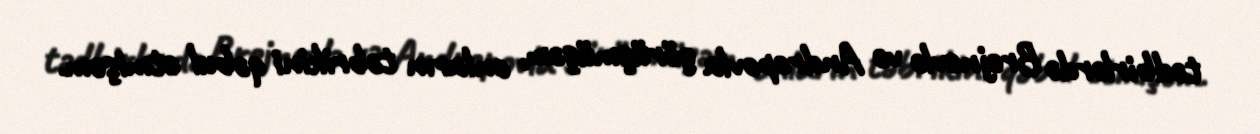
tədbirlərdə Brejnevlə və Andropovla görüşmüşəm, onların təbrikini qəbul etmişəm.